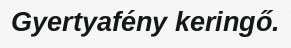
Gyertyafény keringő.